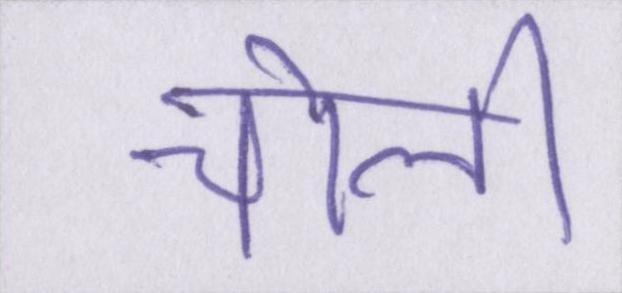
चोली